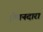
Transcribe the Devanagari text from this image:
ईमानदारा